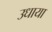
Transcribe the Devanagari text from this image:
उधाया